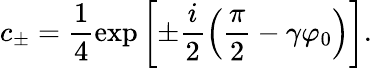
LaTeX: c_{\pm}=\frac 14\exp\left[\pm\frac{i}{2}\left(\frac{\pi}{2}-\gamma\varphi_{0}\right)\right].